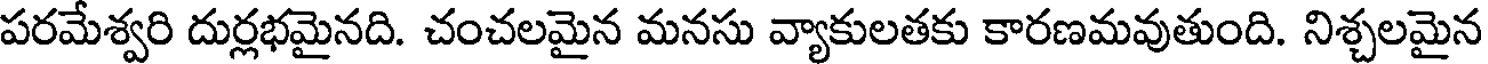
పరమేశ్వరి దుర్లభమైనది. చంచలమైన మనసు వ్యాకులతకు కారణమవుతుంది. నిశ్చలమైన